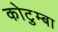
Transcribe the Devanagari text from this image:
कोटुम्बा